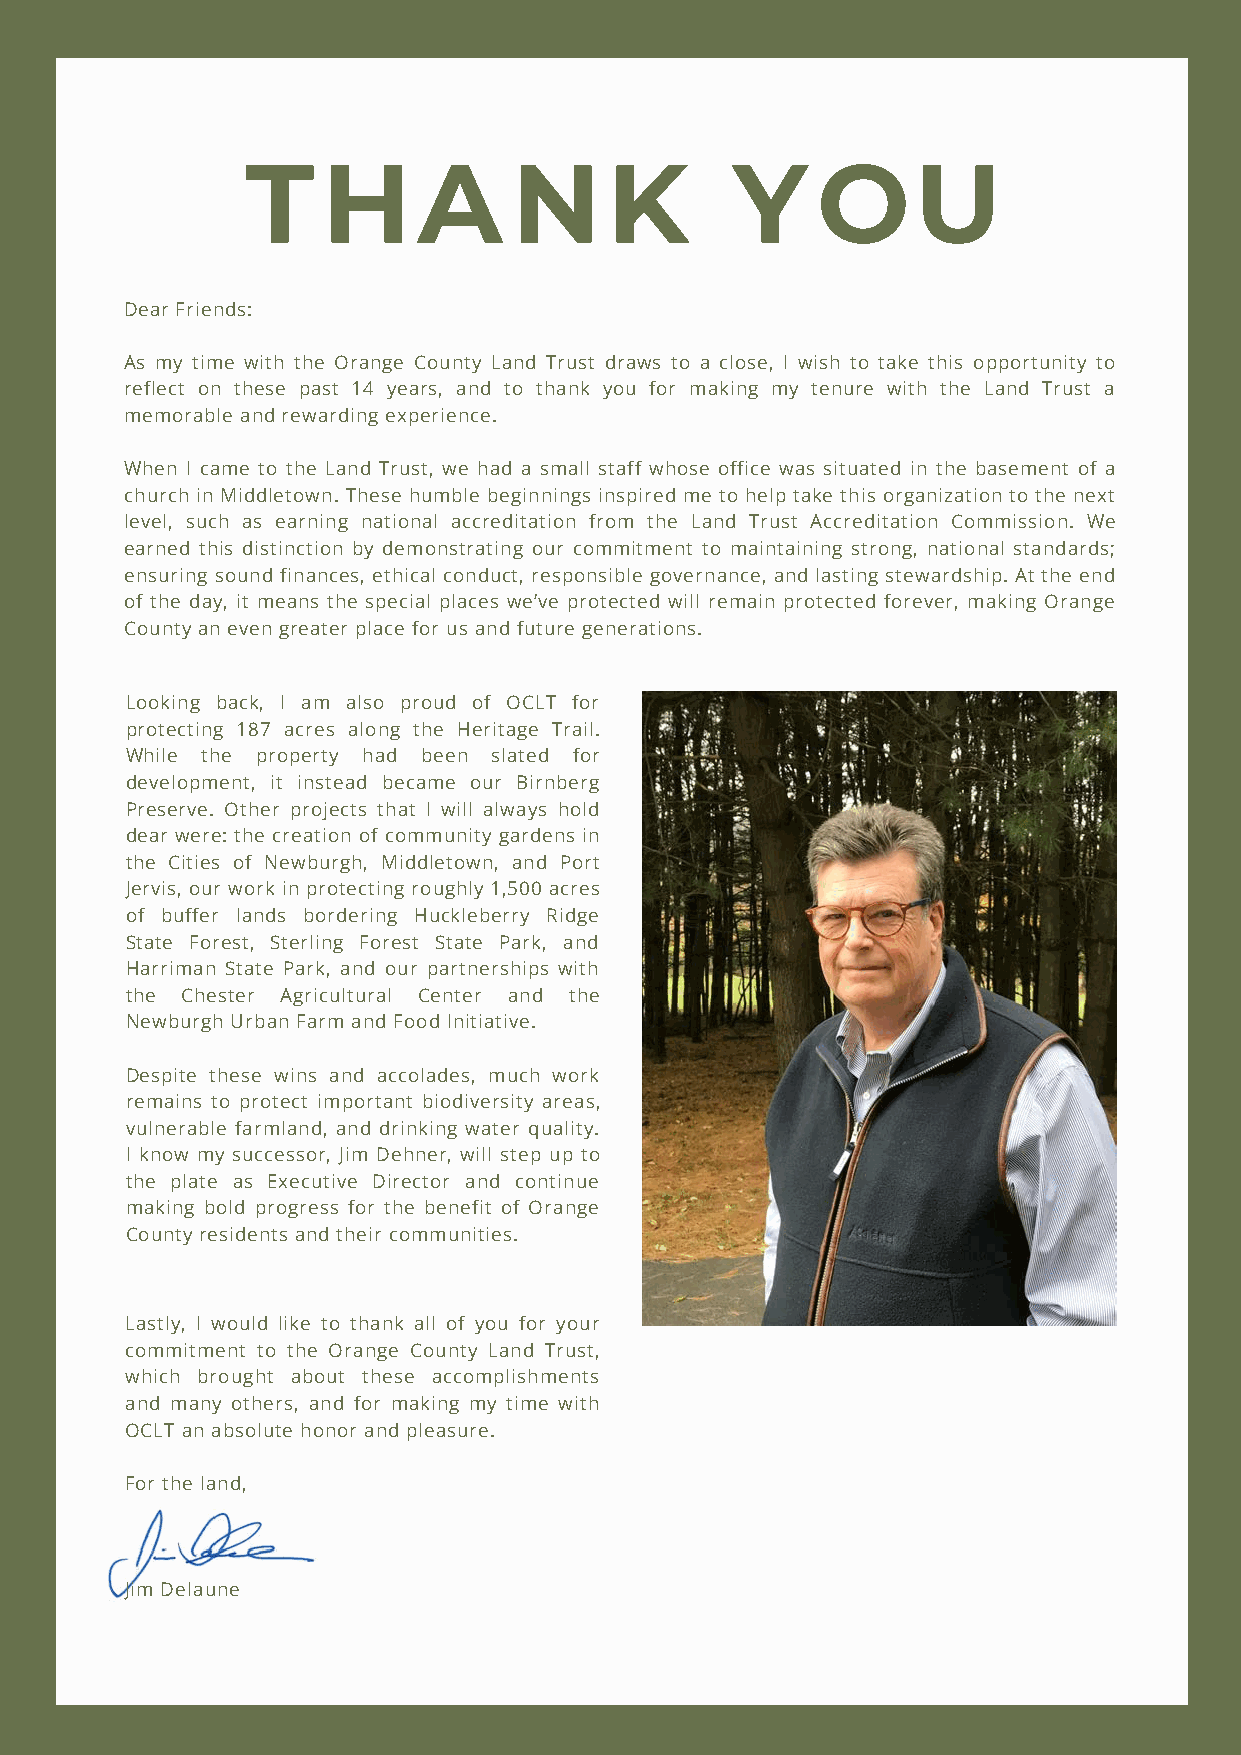
T    H      A     N     K        Y    OU
 Dear Friends:
 As my time with the Orange County Land Trust draws to a close, I wish to take this opportunity to
 reflect on these past 14 years, and to thank you for making my tenure with the Land Trust a
 memorable and rewarding experience.
 When I came to the Land Trust, we had a small staff whose office was situated in the basement of a
 church in Middletown. These humble beginnings inspired me to help take this organization to the next
 level, such as earning national accreditation from the Land Trust Accreditation Commission. We
 earned this distinction by demonstrating our commitment to maintaining strong, national standards;
 ensuring sound finances, ethical conduct, responsible governance, and lasting stewardship. At the end
 of the day, it means the special places we’ve protected will remain protected forever, making Orange
 County an even greater place for us and future generations.
 Looking back, I am also proud of OCLT for
 protecting 187 acres along the Heritage Trail.
 While the property had been slated for
 development, it instead became our Birnberg
 Preserve. Other projects that I will always hold
 dear were: the creation of community gardens in
 the Cities of Newburgh, Middletown, and Port
 Jervis, our work in protecting roughly 1,500 acres
 of buffer lands bordering Huckleberry Ridge
 State Forest, Sterling Forest State Park, and
 Harriman State Park, and our partnerships with
 the Chester Agricultural Center and the
 Newburgh Urban Farm and Food Initiative.
 Despite these wins and accolades, much work
 remains to protect important biodiversity areas,
 vulnerable farmland, and drinking water quality.
 I know my successor, Jim Dehner, will step up to
 the plate as Executive Director and continue
 making bold progress for the benefit of Orange
 County residents and their communities.
 Lastly, I would like to thank all of you for your
 commitment to the Orange County Land Trust,
 which brought about these accomplishments
 and many others, and for making my time with
 OCLT an absolute honor and pleasure.
 For the land,
 Jim Delaune